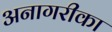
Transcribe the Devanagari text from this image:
अनागरीका